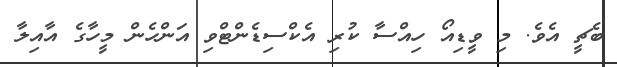
ބެޗީ އެވެ. މި ވީޑިއޯ ހިއްސާ ކުރި އެކްސިޑެންޓްވި އަންހެން މީހާގެ އާއިލާ